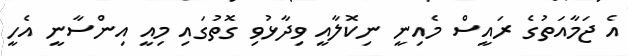
އެ ޖަމާއަތުގެ ރައީސް މެއިނީ ނިކޮލާއީ ވިދާޅުވި ގޮތުގައި މިއީ އިންސާނީ އެހީ